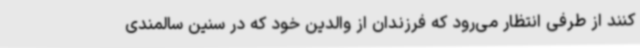
کنند از طرفی انتظار می‌رود که فرزندان از والدین خود که در سنین سالمندی